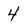
Character: 4